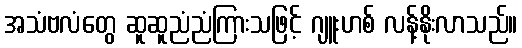
အသံဗလံတွေ ဆူဆူညံညံကြားသဖြင့် ဂျူးဟစ် လန့်နိုးလာသည်။